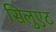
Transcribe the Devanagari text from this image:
सिलुएट